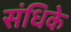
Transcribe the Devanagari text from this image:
संधिके